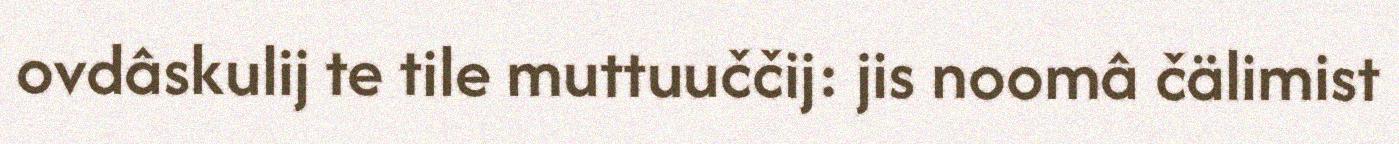
ovdâskulij te tile muttuuččij: jis noomâ čälimist